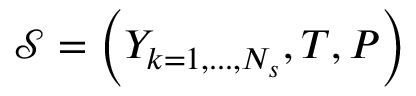
\mathcal { S } = \left( Y _ { k = 1 , . . . , N _ { s } } , T , P \right)